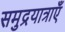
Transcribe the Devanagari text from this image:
समुद्रयात्राएँ